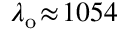
\lambda _ { \mathrm { o } } \! \approx \! 1 0 5 4